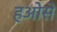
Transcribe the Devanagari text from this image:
हओसे